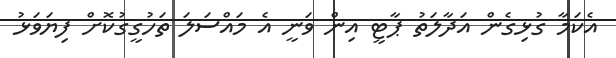
އެކަމާ ގުޅިގެން އަދާލަތު ޕާޓީ އިން ވަނީ އެ މައްސަލަ ތަހުގީގުކޮށް ފިޔަވަޅު